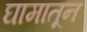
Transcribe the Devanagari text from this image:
घामातून